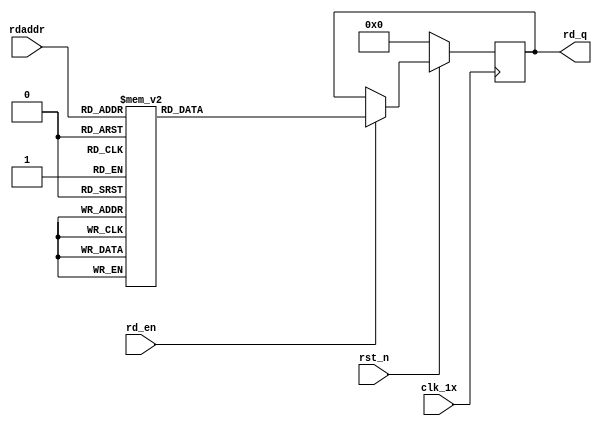

`timescale 1ns / 1ps
module F_normal_t10_next_Rom2(
input	          							clk_1x,
input	          							rst_n,
//////////////////////////////////////////////////////////////
input										rd_en,
input				[4:0]				rdaddr,
output		reg			[159:0]				rd_q
);

always @(posedge clk_1x)begin
	if(~rst_n)begin
		rd_q <= 160'b0;
	end
	else if(rd_en == 1'b1)begin
		case(rdaddr)
			5'h13: rd_q <= 160'b1010101111001111011010100101101011100000111101011010100100001010001100001101000010011001110000110100011011111111010000010011000001011010111111001000001000000111;
			5'h12: rd_q <= 160'b1101111111011111011100011001010011100111010111000011000111100011111000100011000011111110011010110110111011100111101000100001111000101011101001101011011001110111;
			5'h11: rd_q <= 160'b1110110011110110000011010110101111111001011100100010101111111000000000111100010111011010010100111010011111100101001001010111010100011110111111011101001101000010;
			5'h10: rd_q <= 160'b0111110111011110000000101100001011010101101111011101111011000011101100110101110000000111001100100111101010000100101001001010000110110000000000110101111011110001;
			5'h0f: rd_q <= 160'b0010111111010000011111111100011010101101111011110111101011010100000111100000000111111110101110011111100111110010101011101110000100110101110110001100011111001111;
			5'h0e: rd_q <= 160'b1111010110101000101101000001011111000011001011000100000101110010101100000010101000001001011111001100010111100111011111111011110111101100011101101011001010110011;
			5'h0d: rd_q <= 160'b0101001001101010111111011011111111000110101111010100011110100011111001000101110101001010010111111001111001101110100011001011111011101100100110010001000100000001;
			5'h0c: rd_q <= 160'b1001010100000100011110101100000010000000000100010100001000111001101101101001101100100101111111010000110111110000100011110111111010000110100111101100101010000111;
			5'h0b: rd_q <= 160'b0101011001000111011001111001100111111101111110000101111011111111000100010101110010101011100000011010100001100000111110011110111111010010010010100111110000111001;
			5'h0a: rd_q <= 160'b0000010100001000001111000011010101001110111110100101010100010110101011101001011111011000011001011001101110011111100110101111000001101101000001011010111001101100;
			5'h09: rd_q <= 160'b0111101101011100010100010110111100010001000011110110000011001101001111001111010110101101101110111010000010011101100011011110111100110110000101011110000101101100;
			5'h08: rd_q <= 160'b0111101100100010000001010000001001001011010100001001010111111000111001110110011111001111110011100111111010100110100011111111100000101001010011101111000100100011;
			5'h07: rd_q <= 160'b0000011100000011110000100010001110100011010011111110111111110010011101100110001001001011011110001000111110101010011011011101011010000100001000100110100001000001;
			5'h06: rd_q <= 160'b1101000110000010011111010111000111011100000101101111010101101010000001110111110000010101110101110101011010000111011000011000000000110101011011100010010111111101;
			5'h05: rd_q <= 160'b1011101100111001011111100011111000011010001100001010011110010110010011010100101101110010001000001110001101000001110101000111111001010011010000011001100001110010;
			5'h04: rd_q <= 160'b0000101000000111110011111101101110010000000101010110101000110111001101010100000001000010111011100001010010001100101101011100011101111011111111001000100110111000;
			5'h03: rd_q <= 160'b0001100110100100101100011011110110110011100001001100110010101011101100110010011010100010011011010101111010000001110000110111000111001010111011101110001100001001;
			5'h02: rd_q <= 160'b0111001011001001110111011000100101111010111111111101111111111100000100100110011101101001000110000110101000100101110011100101110100110011101011110110000111110001;
			5'h01: rd_q <= 160'b0010111111011111011010000001100111100110010000000011100011010101001000011010000011000101110101111101001111100010000011111000101111001001010110110110101111110000;
			5'h00: rd_q <= 160'b1011101011010100011011101001000101001001000010110111100001001100000111011110110001111010110011000100111000110101001010011011100000100111110100111100110001101100;
		default:rd_q <= 160'b0;
		endcase
	end
end

endmodule